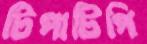
টিপাটিপি